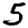
Digit: 5